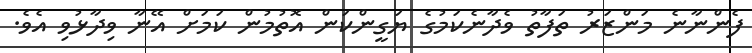
ފެންނާނެ މަންޒަރު ތަފާތު ވެދާނެކަމުގެ ޔަގީންކަން އޮތުމުން ކަމަށް އޭނާ ވިދާޅުވި އެވެ.